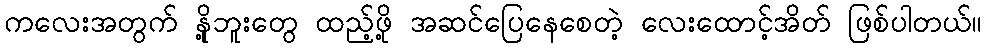
ကလေးအတွက် နို့ဘူးတွေ ထည့်ဖို့ အဆင်ပြေနေစေတဲ့ လေးထောင့်အိတ် ဖြစ်ပါတယ်။